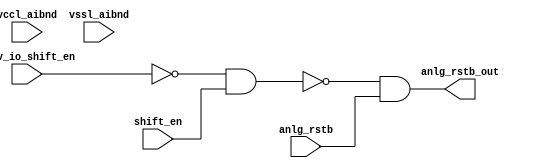
// SPDX-License-Identifier: Apache-2.0
// Copyright (C) 2019 Intel Corporation. 
// Library - aibnd_lib, Cell - aibnd_red_custom_dig, View - schematic
// LAST TIME SAVED: Apr 22 15:41:59 2015
// NETLIST TIME: May 12 17:53:10 2015
// `timescale 1ns / 1ns 

module aibnd_red_custom_dig ( anlg_rstb_out, anlg_rstb,
     prev_io_shift_en, shift_en, vccl_aibnd, vssl_aibnd );

output  anlg_rstb_out;

input  anlg_rstb, prev_io_shift_en, shift_en, vccl_aibnd, vssl_aibnd;

wire anlg_rstb_out, io_disable_b, anlg_rstb, prev_io_shenb, shift_en, prev_io_shift_en; // Conversion Sript Generated


// specify 
//     specparam CDS_LIBNAME  = "aibnd_lib";
//     specparam CDS_CELLNAME = "aibnd_red_custom_dig";
//     specparam CDS_VIEWNAME = "schematic";
// endspecify

assign anlg_rstb_out = io_disable_b & anlg_rstb;
assign io_disable_b = !(prev_io_shenb & shift_en);
assign prev_io_shenb = !prev_io_shift_en;

endmodule